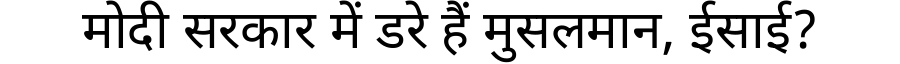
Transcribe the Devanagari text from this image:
मोदी सरकार में डरे हैं मुसलमान, ईसाई?